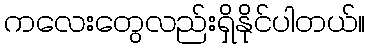
ကလေးတွေလည်းရှိနိုင်ပါတယ်။